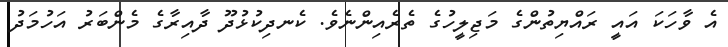
އެ ވާހަކަ އައީ ރައްޔިތުންގެ މަޖިލީހުގެ ތެރެއިންނެވެ. ކެނދިކުޅުދޫ ދާއިރާގެ މެންބަރު އަހުމަދު